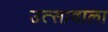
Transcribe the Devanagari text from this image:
उत्सावाला